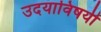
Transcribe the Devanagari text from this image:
उदयाविषयी